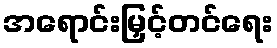
အရောင်းမြှင့်တင်ရေး